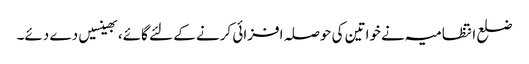
ضلع انتظامیہ نے خواتین کی حوصلہ افزائی کرنے کے لئے گائے، بھینسیں دے دئے۔